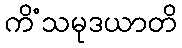
ကိံသမုဒယာတိ